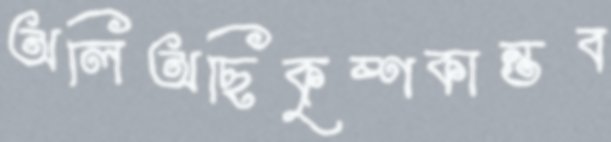
অলিঅছিকৃষ্ণকান্তব